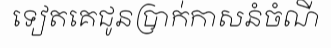
ទៀតគេជូនប្រាក់កាសនំចំណី